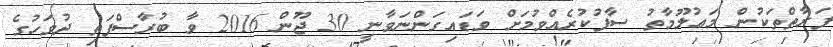
ފަރާތްތަކުން މަޢުލޫމާތު ސާފުކުރެއްވުމަށް ވަޑައިގަންނަވާނީ 30 ޖޫން 2016 ވާ ބުރާސްފަތި ދުވަހުގެ